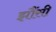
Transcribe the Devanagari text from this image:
झौंसी